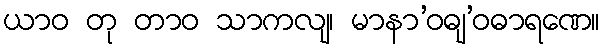
ယာဝ တု တာဝ သာကလျ၊ မာနာ’ဝဓျ’ဝဓာရဏေ။